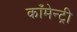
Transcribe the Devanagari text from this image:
काँमेन्ट्री